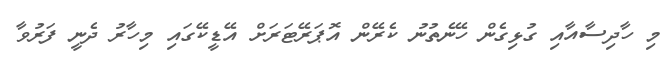
މި ހާދިސާއާއި ގުޅިގެން ހޭނެތުނު ކެރޭން އޮޕަރޭޓަރަށް އޭޑީކޭގައި މިހާރު ދެނީ ފަރުވާ